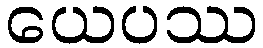
ယေပဿ